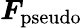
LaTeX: \boldsymbol{F}_{\mathrm{pseudo}}